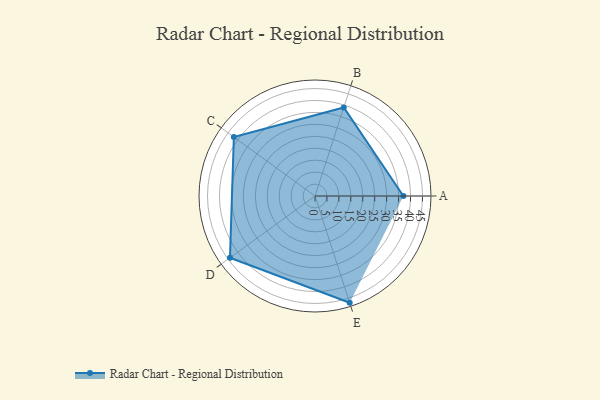
{"axis": {"x": "Skill", "y": "Score"}, "legend": ["Profile"], "data": [{"x": "A", "y": 37.0, "type": "Profile"}, {"x": "B", "y": 39.0, "type": "Profile"}, {"x": "C", "y": 42.0, "type": "Profile"}, {"x": "D", "y": 44.0, "type": "Profile"}, {"x": "E", "y": 47.0, "type": "Profile"}]}